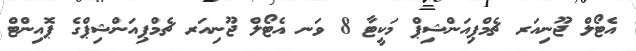
އެޓޯލް ޖޫނިއަރ ޗެމްޕިއަންޝިޕް މަކީޓާ 8 ވަނ އެޓޯލް ޖޫނިއަރ ޗެމްޕިއަންޝިޕްގެ ޕޮއިންޓް